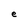
Character: e